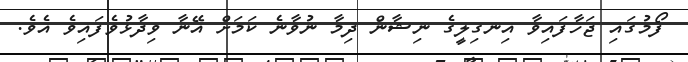
ފޯމުގައި ޖަހާފައިވާ އިނގިލީގެ ނިޝާން ދިމާ ނުވާނެ ކަމަށް އޭނާ ވިދާޅުވެފައިވެ އެވެ.